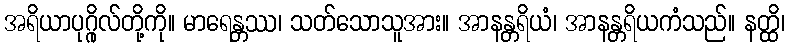
အရိယာပုဂ္ဂိုလ်တို့ကို။ မာရေန္တဿ၊ သတ်သောသူအား။ အာနန္တရိယံ၊ အာနန္တရိယကံသည်။ နတ္ထိ၊